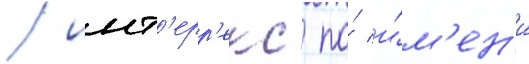
/ инт'ерр'екс по́ и́м'ен'и